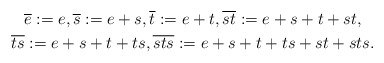
\begin{gather*}\overline{e}:=e,\overline{s}:=e+s,\overline{t}:=e+t, \overline{st}:=e+s+t+st,\\\overline{ts}:=e+s+t+ts,\overline{sts}:=e+s+t+ts+st+sts.\end{gather*}